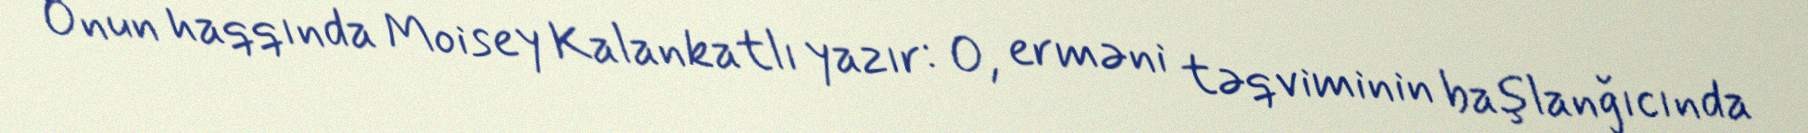
Onun haqqında Moisey Kalankatlı yazır: O, erməni təqviminin başlanğıcında